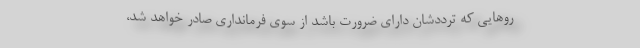
روهایی که ترددشان دارای ضرورت باشد از سوی فرمانداری صادر خواهد شد،